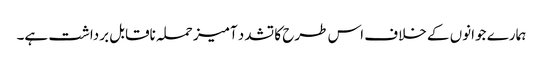
ہمارے جوانوں کے خلاف اس طرح کا تشدد آمیز حملہ ناقابل برداشت ہے۔